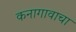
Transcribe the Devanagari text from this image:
कनागावाचा